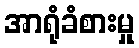
အာရုံခံစားမှု